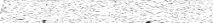
١٥